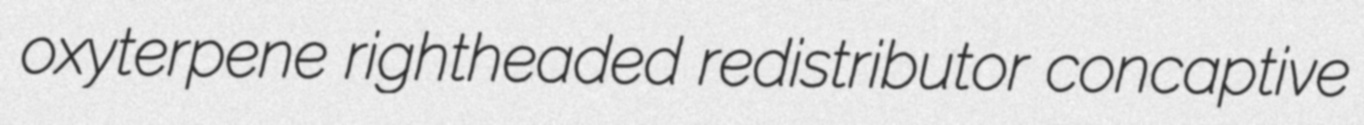
oxyterpene rightheaded redistributor concaptive